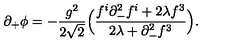
\partial _ { + } \phi = - { \frac { g ^ { 2 } } { 2 \sqrt { 2 } } } \Big ( { \frac { f ^ { i } \partial _ { - } ^ { 2 } f ^ { i } + 2 \lambda f ^ { 3 } } { 2 \lambda + \partial _ { - } ^ { 2 } f ^ { 3 } } } \Big ) .